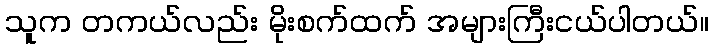
သူက တကယ်လည်း မိုးစက်ထက် အများကြီးငယ်ပါတယ်။